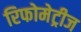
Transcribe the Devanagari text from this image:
रिफोमेट्रीज